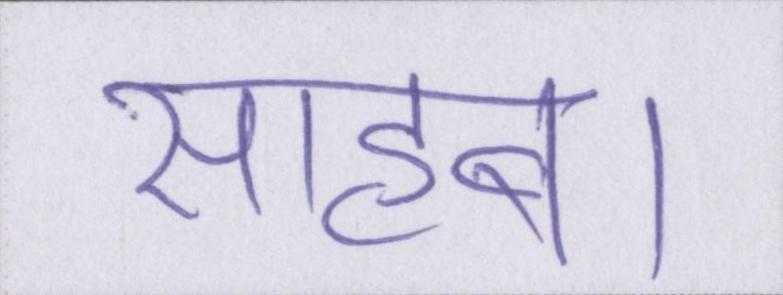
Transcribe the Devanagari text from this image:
साहब।